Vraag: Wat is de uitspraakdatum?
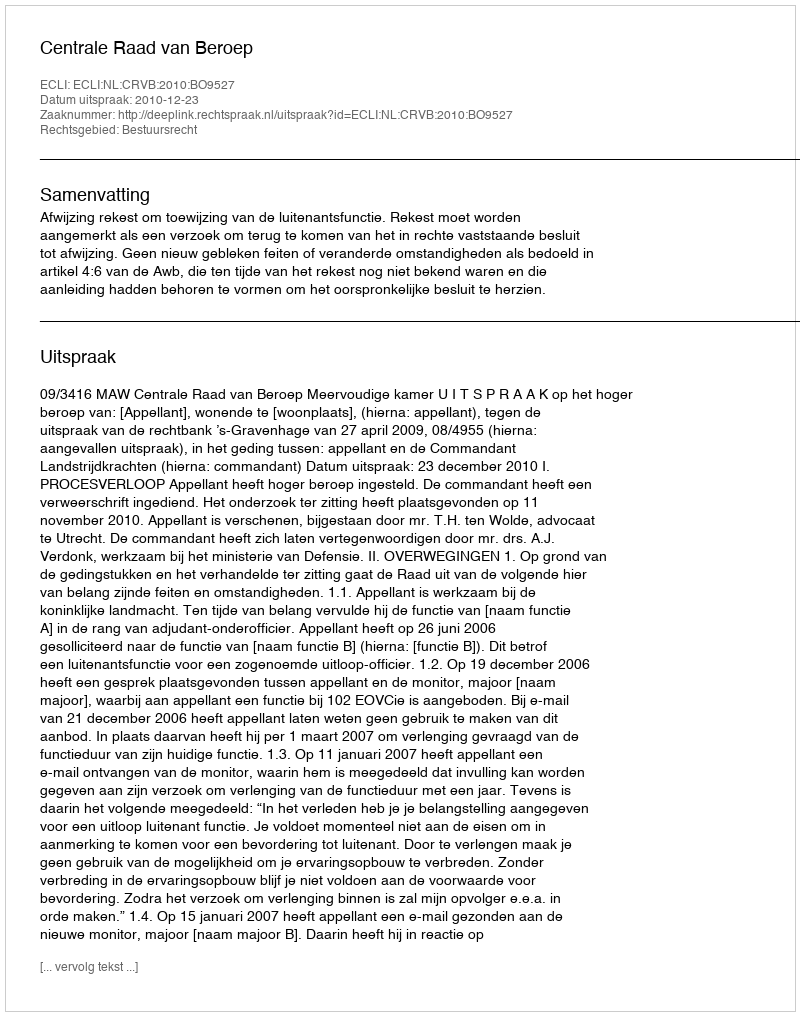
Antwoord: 2010-12-23